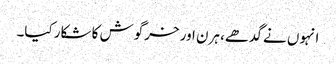
انہوں نے گدھے، ہرن اور خرگوش کا شکار کیا۔